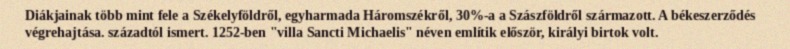
Diákjainak több mint fele a Székelyföldről, egyharmada Háromszékről, 30%-a a Szászföldről származott. A békeszerződés végrehajtása. századtól ismert. 1252-ben "villa Sancti Michaelis" néven említik először, királyi birtok volt.